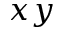
x y